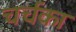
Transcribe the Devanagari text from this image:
चर्चका